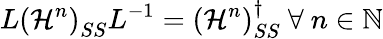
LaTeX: L\left(\mathcal{H}^{n}\right)_{SS}L^{-1}=\left(\mathcal{H}^{n}\right)_{SS}^{\dagger}\ \forall\ n\in\mathbb{N}